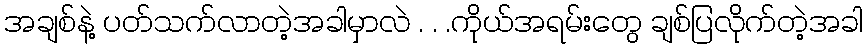
အချစ်နဲ့ ပတ်သက်လာတဲ့အခါမှာလဲ . . .ကိုယ်အရမ်းတွေ ချစ်ပြလိုက်တဲ့အခါ